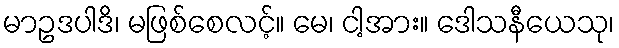
မာဥဒပါဒိ၊ မဖြစ်စေလင့်။ မေ၊ ငါ့အား။ ဒေါသနီယေသု၊